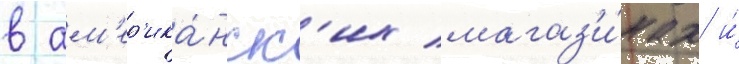
в ам'ер'ика́нск'их магаз'и́нах и́